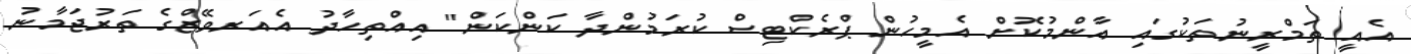
އެއީ ތަމްރީނުތަކުގައި އާންމުކޮށް އެމީހުން ޕްރެކްޓިސް ކުރަމުންދާ ކަންކަން" އިއްތިހާދު އެއަރވޭޒްގެ ތަރުޖަމާނު